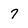
Character: 7